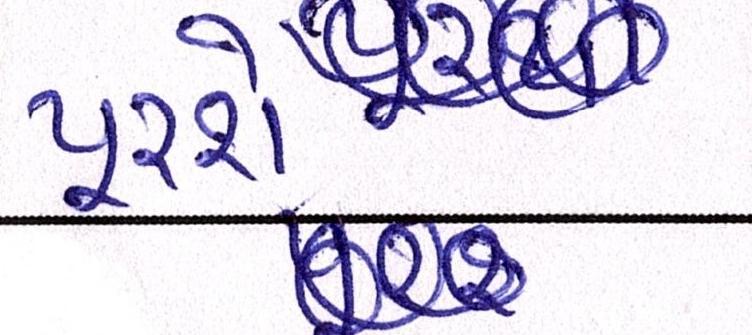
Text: પૂરશે